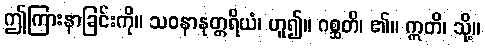
ဤကြားနာခြင်းကို။ သဝနာနုတ္တရိယံ၊ ဟူ၍။ ဂစ္ဆတိ၊ ၏။ ဣတိ၊ သို့။